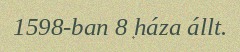
1598-ban 8 háza állt.